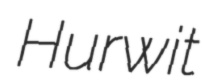
Hurwit